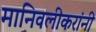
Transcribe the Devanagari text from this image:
मानिवलीकरांनी